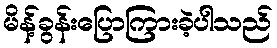
မိန့်ခွန်းပြောကြားခဲ့ပါသည်